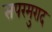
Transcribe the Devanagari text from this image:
सपरमुराद